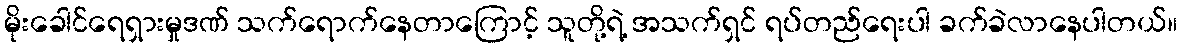
မိုးခေါင်ရေရှားမှုဒဏ် သက်ရောက်နေတာကြောင့် သူတို့ရဲ့ အသက်ရှင် ရပ်တည်ရေးပါ ခက်ခဲလာနေပါတယ်။